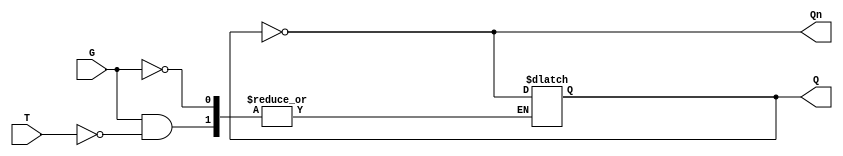
module Gated_T_Latch (
    input wire T,      // Toggle input
    input wire G,      // Gate/Enable signal
    output reg Q,      // Output
    output wire Qn     // Complement of Output
);

// Complement of the output
assign Qn = ~Q;

// Always block to model the latch behavior
always @(*) begin
    if (G) begin
        // When G is high, check T for toggling
        if (T) begin
            Q <= ~Q; // Toggle the state
        end
        // If T is low, maintain the current state (Q does not change)
    end
    // If G is low, Q holds its state (no change)
end

endmodule